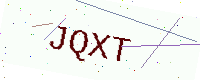
Text: JQXT